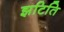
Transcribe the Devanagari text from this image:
झटिति